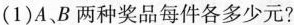
(1)A、B两种奖品每件各多少元?